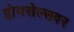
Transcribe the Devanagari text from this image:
होयसेल्सवर